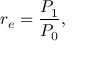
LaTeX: r _ { e } = { \frac { P _ { 1 } } { P _ { 0 } } } ,